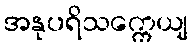
အနုပရိသက္ကေယျ